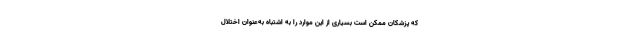
که پزشکان ممکن است بسیاری از این موارد را به اشتباه به‌عنوان اختلال